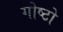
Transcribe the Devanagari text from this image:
गोष्टो